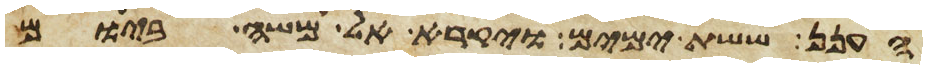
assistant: הענן ששת ימים ויקרא אל משה ביום